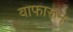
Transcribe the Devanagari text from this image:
वाफारून